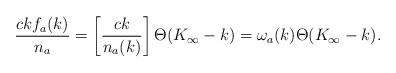
\begin{align*}{ c k f_a(k)\over n_a} = \left[{c k\over n_a(k)} \right] \Theta(K_\infty-k) =\omega_a(k) \Theta(K_\infty-k).\end{align*}